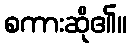
စကားဆို၏။